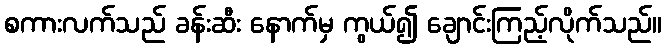
စကားလက်သည် ခန်းဆီး နောက်မှ ကွယ်၍ ချောင်းကြည့်လိုက်သည်။